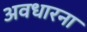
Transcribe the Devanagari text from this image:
अवधारना